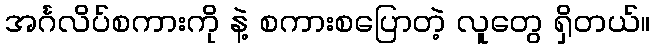
အင်္ဂလိပ်စကားကို နဲ့ စကားစပြောတဲ့ လူတွေ ရှိတယ်။